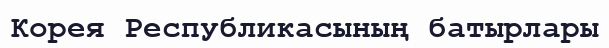
Корея Республикасының батырлары